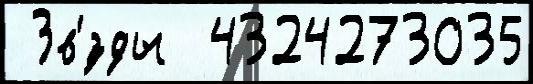
 Зв'́зды  4324273035